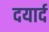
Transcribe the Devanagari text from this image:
दयार्द